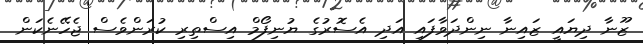
ޒޫނާ ދިޔައީ ޒައިނާ ނިންދަވާފައި އަދި އެސޮރުގެ ޔުނިފޯމް އިސްތިރި ކުރަންވެސް ޖެހޭނެކަން